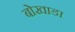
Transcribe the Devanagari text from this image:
बोखाडा